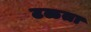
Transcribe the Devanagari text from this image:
टळता